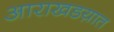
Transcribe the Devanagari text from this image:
आराखडय़ात